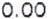
0.00